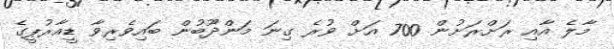
މާލެ އާއި ރަށްރަށުން 700 އަށް ވުރެ ގިނަ މަންދޫބުން ބައިވެރިވާ ޑީއާރުޕީގެ